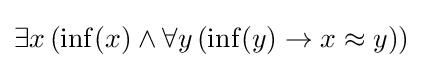
\exists x\,(\mathrm {inf} (x)\land \forall y\,(\mathrm {inf} (y)\rightarrow x\approx y))